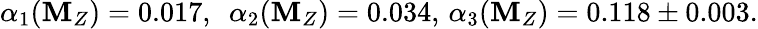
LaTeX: \alpha_{1}(\mathbf{M}_{Z})=0.017,\ \ \alpha_{2}(\mathbf{M}_{Z})=0.034,\, \alpha_{3}(\mathbf{M}_{Z})=0.118\pm0.003.